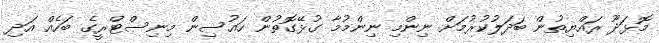
މޮޅަދޫ ރައްޔިތުން ބަދަލުކުރުމަށް ނިންމި ނިންމުމާ ގުޅޭގޮތުން ހައުސިން މިނިސްޓްރީގެ ބަހެއް އަދި